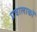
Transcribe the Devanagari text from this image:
प्रचालाकों